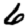
Digit: 6